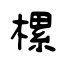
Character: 樏